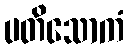
ပတိသောကံ